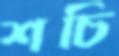
শচি